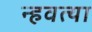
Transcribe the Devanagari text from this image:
न्हवत्या